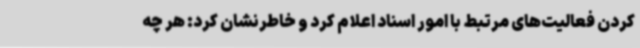
کردن فعالیت‌های مرتبط با امور اسناد اعلام کرد و خاطرنشان کرد: هر چه